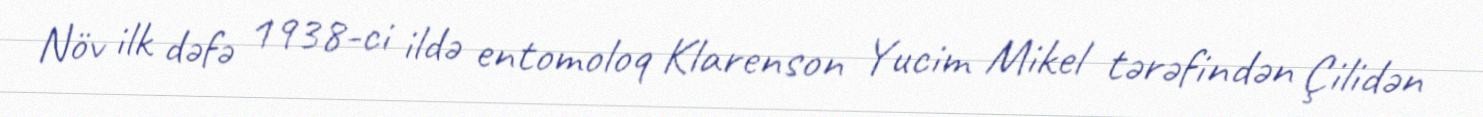
Növ ilk dəfə 1938-ci ildə entomoloq Klarenson Yucim Mikel tərəfindən Çilidən